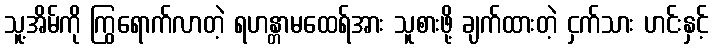
သူ့အိမ်ကို ကြွရောက်လာတဲ့ ရဟန္တာမထေရ်အား သူစားဖို့ ချက်ထားတဲ့ ငှက်သား ဟင်းနှင့်